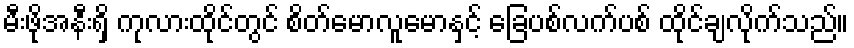
မီးဖိုအနီးရှိ ကုလားထိုင်တွင် စိတ်မောလူမောနှင့် ခြေပစ်လက်ပစ် ထိုင်ချလိုက်သည်။